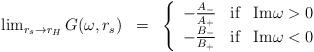
LaTeX: \begin{align*}\begin{array}{lcl}\lim_{r_s\rightarrow r_H} G(\omega,r_s) & = & \left\{ \begin{array}{lcl}-\frac{A_-}{A_+} & \mbox{if} & \mathrm{Im} \omega >0 \\ -\frac{B_-}{B_+} & \mbox{if} & \mathrm{Im} \omega <0\end{array}\right.\end{array}\end{align*}